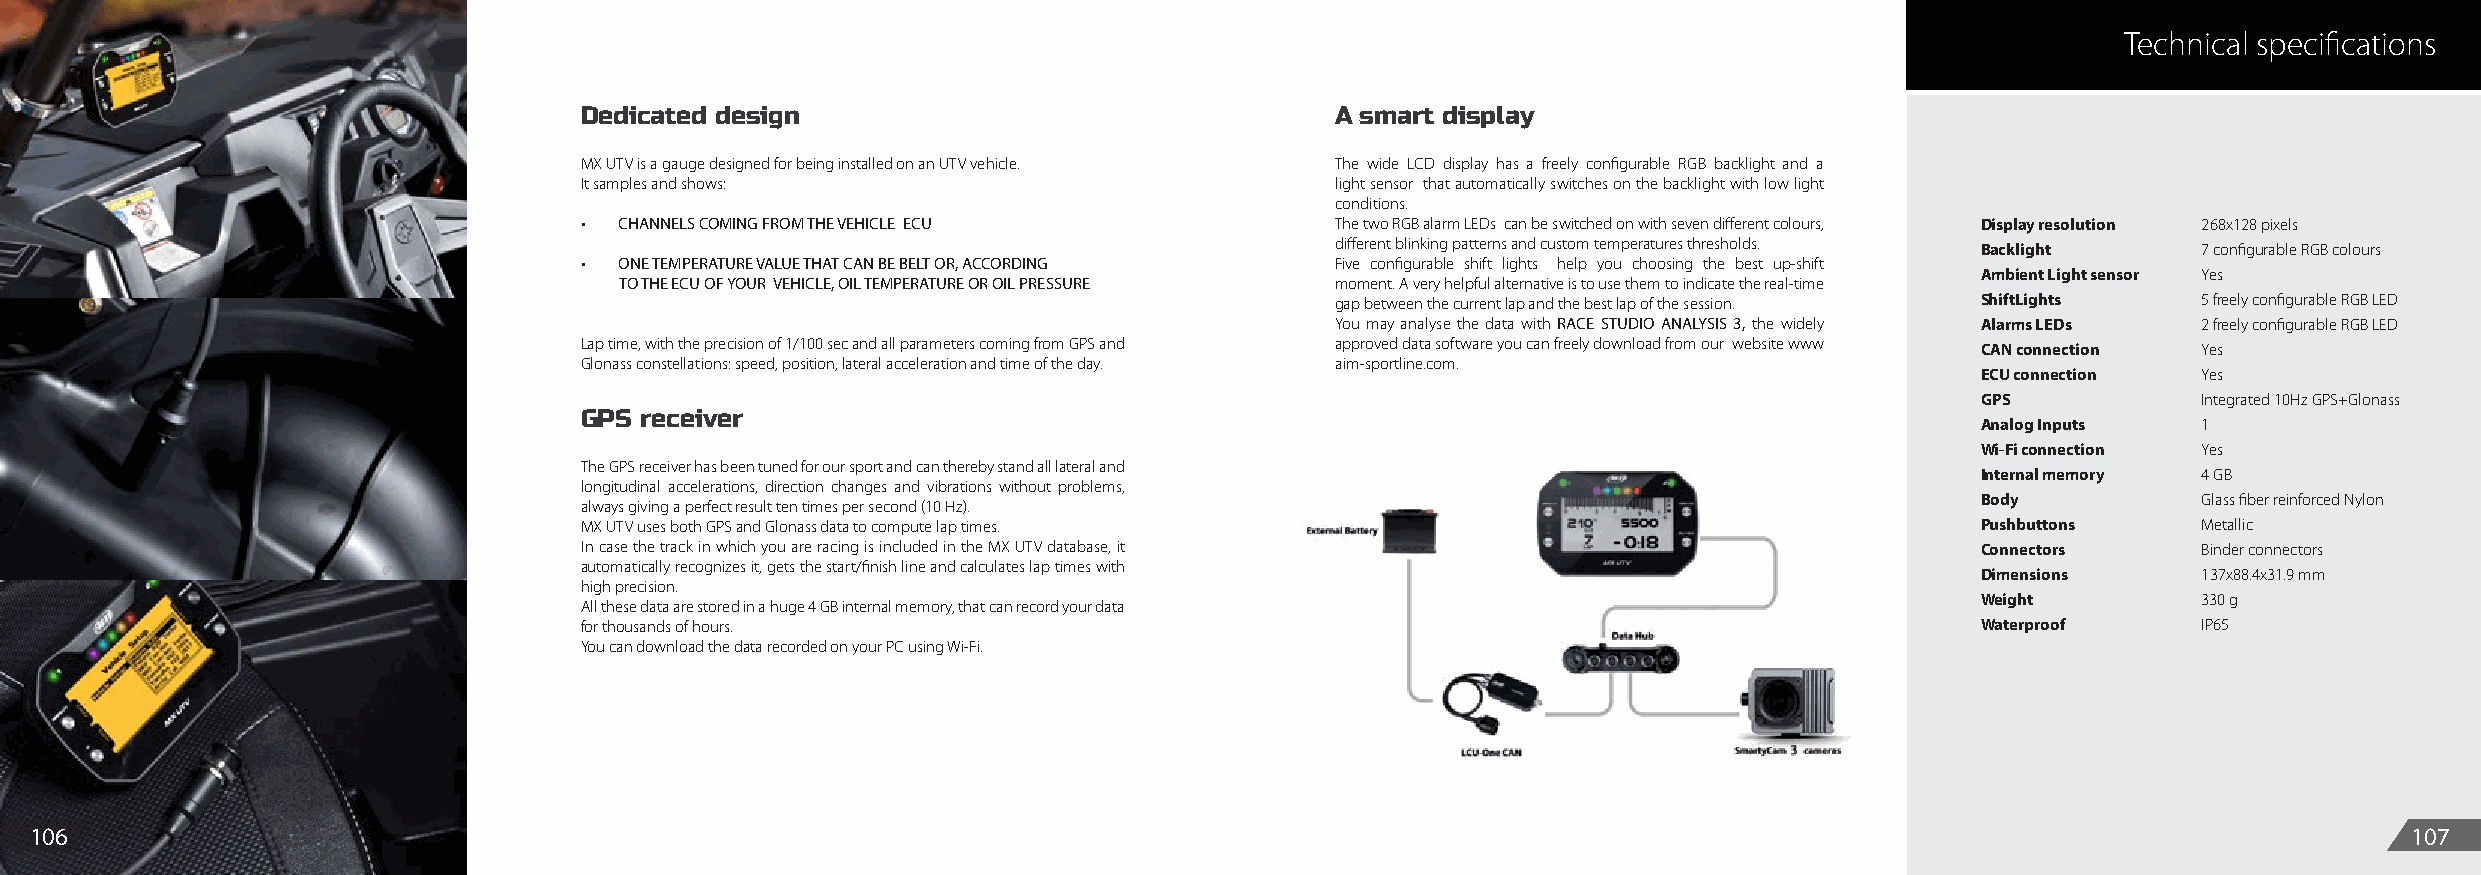
Technical specifications
 Dedicated design                                  A smart display
 MX UTV is a gauge designed for being installed on an UTV vehicle. The wide LCD display has a freely configurable RGB backlight and a
 It samples and shows:                             light sensor that automatically switches on the backlight with low light
 conditions.
 •  CHANNELS COMING FROM THE VEHICLE ECU           The two RGB alarm LEDs can be switched on with seven different colours, Display resolution 268x128 pixels
 different blinking patterns and custom temperatures thresholds. Backlight 7 configurable RGB colours
 •  ONE TEMPERATURE VALUE THAT CAN BE BELT OR, ACCORDING Five configurable shift lights help you choosing the best up-shift
 Ambient Light sensor Yes
 TO THE ECU OF YOUR VEHICLE, OIL TEMPERATURE OR OIL PRESSURE moment. A very helpful alternative is to use them to indicate the real-time
 gap between the current lap and the best lap of the session. ShiftLights 5 freely configurable RGB LED
 You may analyse the data with RACE STUDIO ANALYSIS 3, the widely Alarms LEDs 2 freely configurable RGB LED
 Lap time, with the precision of 1/100 sec and all parameters coming from GPS and approved data software you can freely download from our website www CAN connection Yes
 Glonass constellations: speed, position, lateral acceleration and time of the day. aim-sportline.com.
 ECU connection Yes
 GPS            Integrated 10Hz GPS+Glonass
 GPS receiver
 Analog Inputs  1
 Wi-Fi connection Yes
 The GPS receiver has been tuned for our sport and can thereby stand all lateral and
 Internal memory 4 GB
 longitudinal accelerations, direction changes and vibrations without problems,
 Body           Glass fiber reinforced Nylon
 always giving a perfect result ten times per second (10 Hz).
 MX UTV uses both GPS and Glonass data to compute lap times.                                  Pushbuttons    Metallic
 In case the track in which you are racing is included in the MX UTV database, it             Connectors     Binder connectors
 automatically recognizes it, gets the start/finish line and calculates lap times with
 Dimensions     137x88.4x31.9 mm
 high precision.
 Weight         330 g
 All these data are stored in a huge 4 GB internal memory, that can record your data
 for thousands of hours.                                                                      Waterproof     IP65
 You can download the data recorded on your PC using Wi-Fi.
 106                                                                                                                                                           107